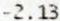
-2.13